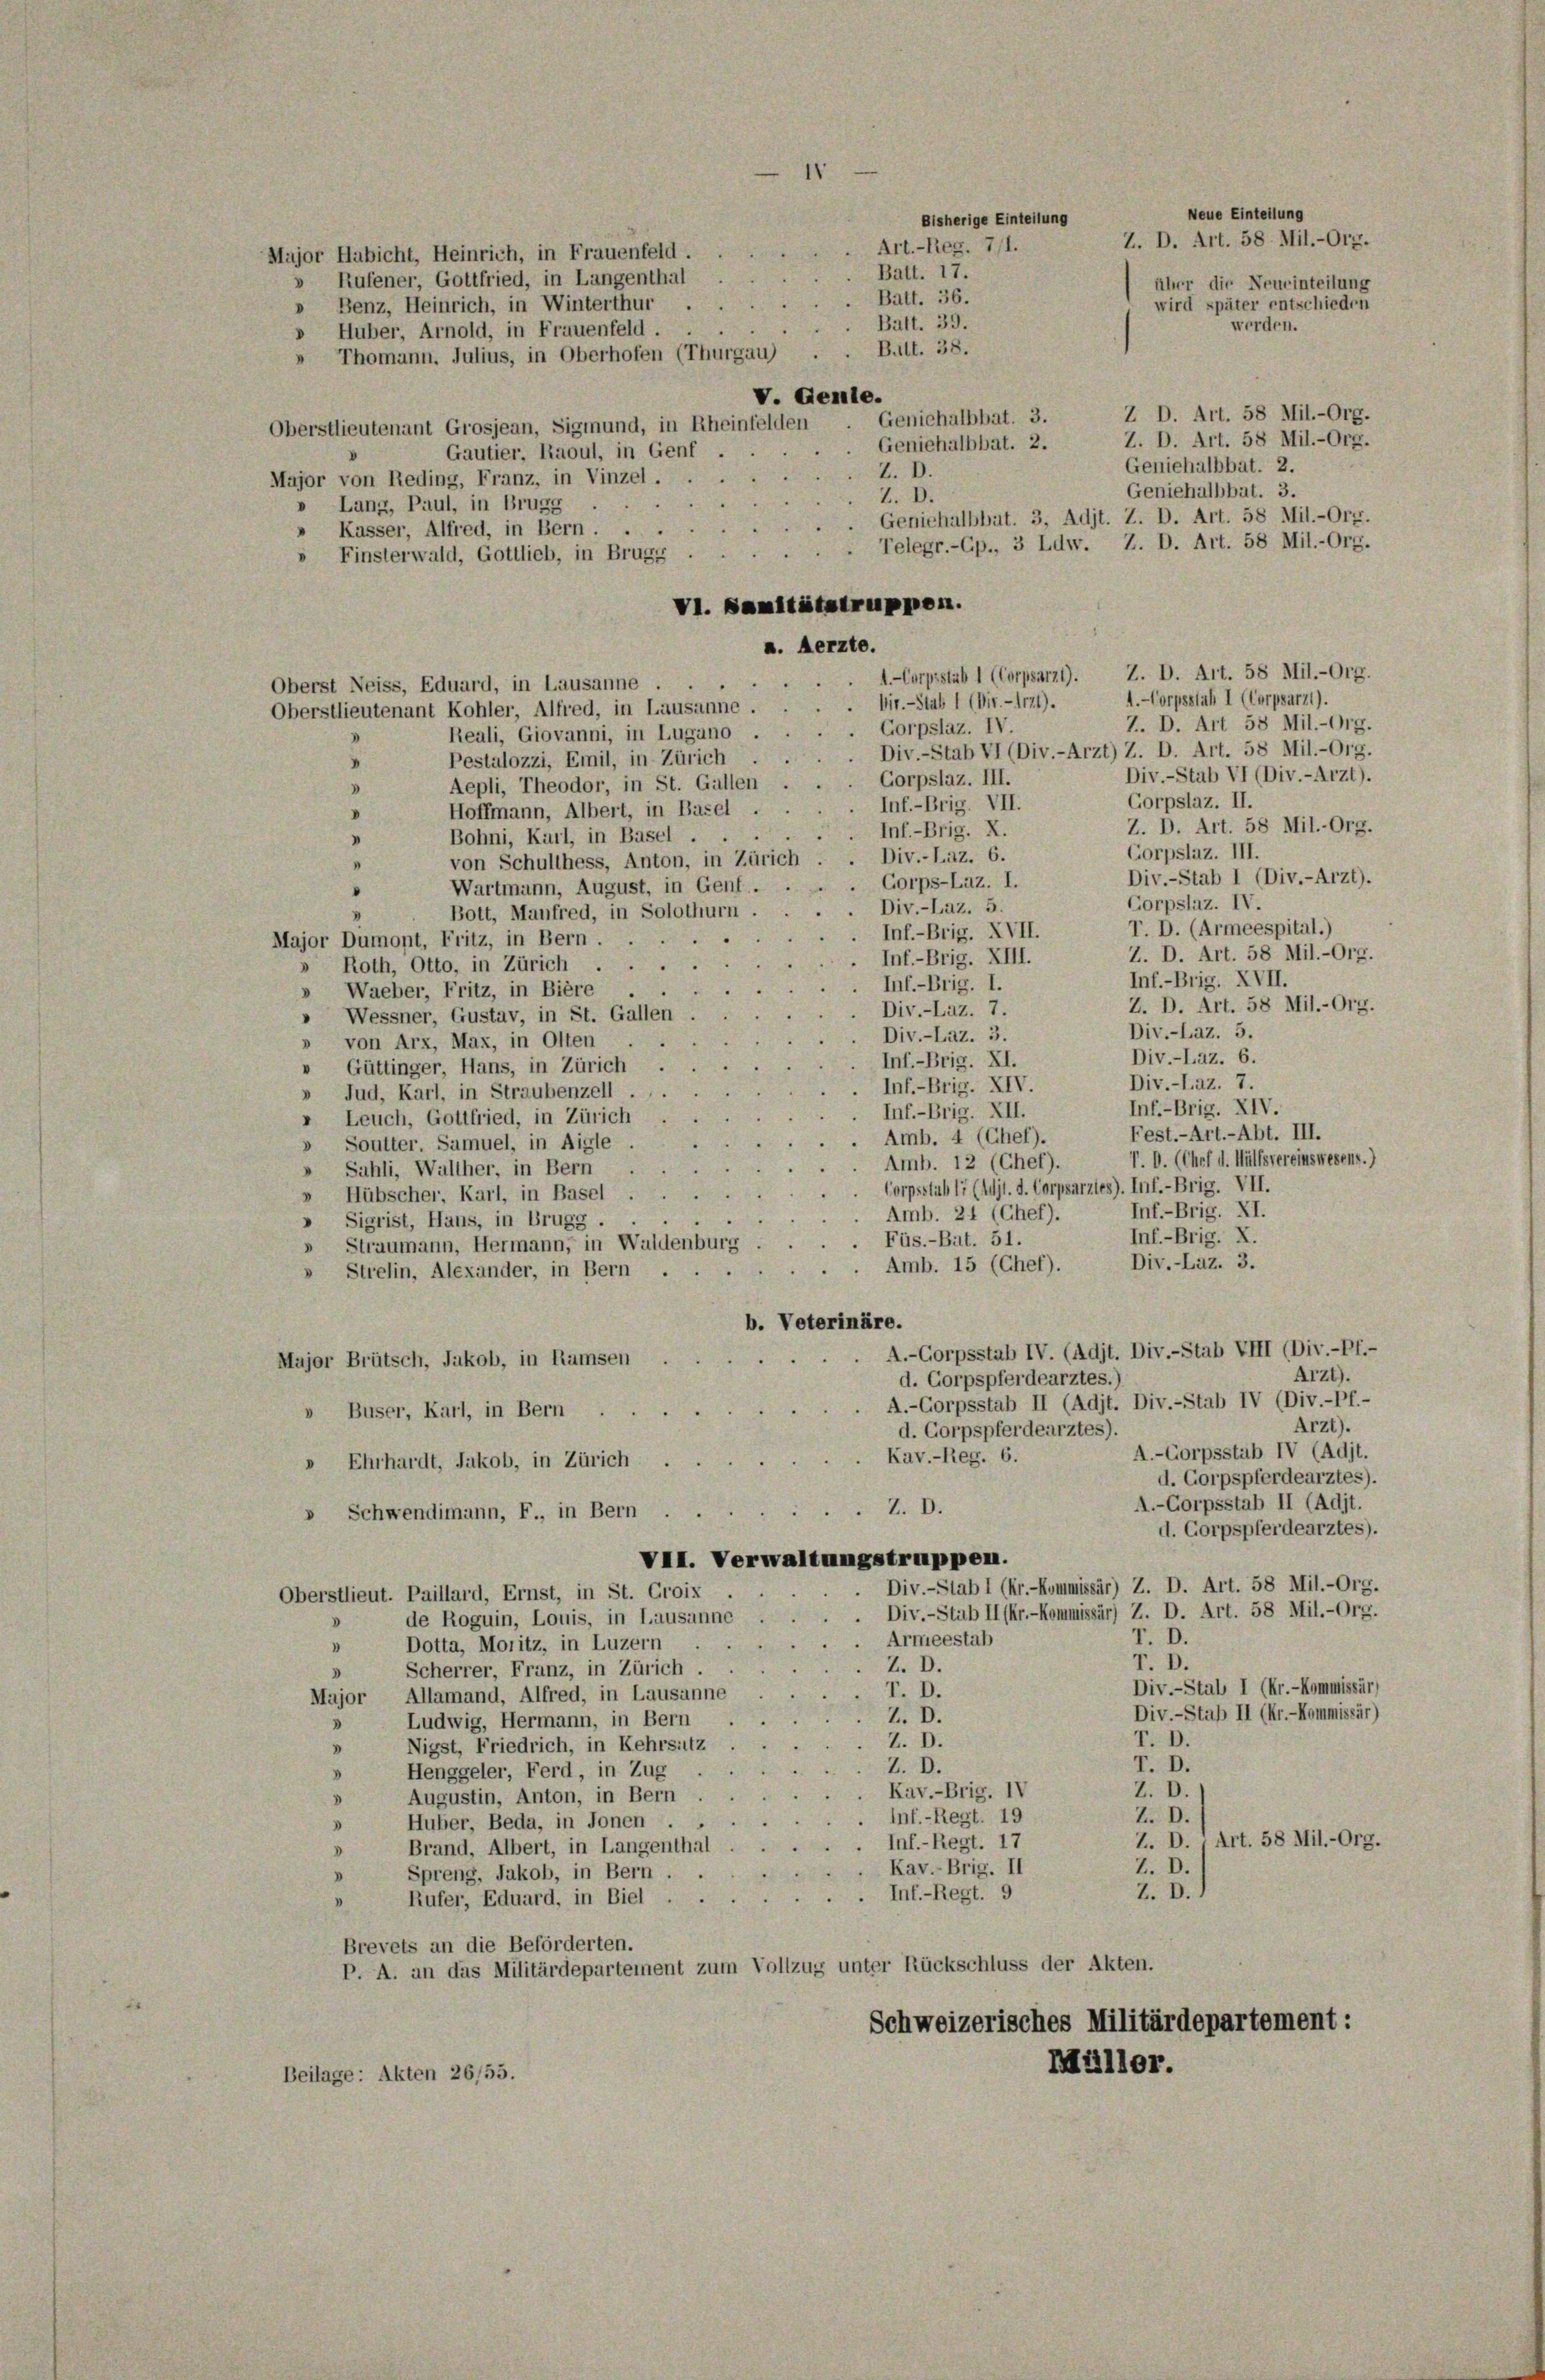
Major Habicht, Heinrich, in Frauenfeld.

» Rufener, Gottfried, in Langenthal
» Benz, Heinrich, in Winterthur .
» Huber, Arnold, in Frauenfeld . .
 Thomann. Julius, in Oberhofen (Thurgau)
Z D. Art. 58 Mil.-Org.
Oberstlieutenant Grosjean, Sigmund, in Rheinfelden
Z. D. Art. 58 Mil.-Org.
Geniehalbbat. 2.
Gautier, Raoul, in Genf .
Geniehalbbat. 2.
Z. D.
Major von Reding, Franz, in Vinzel.
Geniehalbbat. 3.
Z. D.
a
0 Lang, Paul, in Brugg .
Geniehalbbat. 3, Adjt. Z. D. Art. 58 Mil.-Org.
» Kasser, Alfred, in Bern . .
. Telegr.-Gp., 3 Ldw. Z. D. Art. 58 Mil.-Org.
» Finsterwald, Gottlieb, in Brugg
VI. Sanitätstruppen.
a. Aerzte.
A.-Corpsstab I (Corpsarzt).
Vir.-Stab 1 (Dir. - 1171).
7. D. Art 58 Mil.-Org.
Gorpslaz. IV.
Reali, Giovanni, in Lugano .
Div.-Stab VI (Div.-Arzt) Z. D. Art. 58 Mil.-Org.
Pestalozzi, Emil, in Zürich
s
Div.-Stab VI (Div.-Arzt).
Corpslaz. III.
Aepli, Theodor, in St. Gallen
.
Corpslaz. II.
Inf.-Brig. VII.
Hoffmann, Albert, in Basel ..
V
Z. D. Art. 58 Mil.-Org.
Bohni, Karl, in Basel. Inf.-Brig. X.
.
Corpslaz. III.
von Schulthess, Anton, in Zürich . . Div.-Laz. 6.
“
Div.-Stab I (Div.-Arzt).
 Corps-Laz. I.
Wartmann, August, in Genf.
Corpslaz. IV.
Div.-Laz. 5.
Bott, Manfred, in Solothurn
T. D. (Armeespital.)
Inf.-Brig. XVII.
Major Dumont, Fritz, in Bern.
Z. D. Art. 58 Mil.-Org.
Inf.-Brig. XIII.
Roth, Otto, in Zürich
Inf.-Brig. XVII.
Inf.-Brig. I.
Waeber, Fritz, in Biere
Z. D. Art. 58 Mil.-Org.
Div.-Laz. 7.
» Wessner, Gustav, in St. Gallen .
Div.-Laz. 5.
Div.-Laz. 3.
» von Arx, Max, in Olten
Div.-Laz. 6.
Inf.-Brig. XI.
v Güttinger, Hans, in Zürich
Div.-Laz. 7.
Inf.-Brig. XIV.
» Jud, Karl, in Straubenzell
Inf.-Brig. XIV.
Inf.-Brig. XII.
» Leuch, Gottfried, in Zürich
Fest.- Art. - Abt. III.
Amb. 4 (Chef).
» Soutter. Samuel, in Aigle
V. D. (Chef d. Hülfsvereinswesens.)
Amb. 12 (Chef).
 Sahli, Walther, in Bern
Corpsstab 17 (Adjt. d. Corpsarztes). Inf.-Brig. VII.
» Hübscher, Karl, in Basel
Inf.-Brig. XI.
Amb. 24 (Chef).
» Sigrist, Hans, in Brugg ...
Inf.-Brig. X.
Füs.-Bat. 51.
 Straumann, Hermann, in Waldenburg
Div.-Laz. 3.
Amb. 15 (Chef).
» Strelin, Alexander, in Bern
b. Veterinäre.
A.-Corpsstab IV. (Adit. Div.-Stab VIII (Div.-Pf.-
Major Brütsch, Jakob, in Ramsen
Arzt).
d. Corpspferdearztes.)
A.-Corpsstab II (Adit. Div.-Stab IV (Div.-Pf.-
» Buser, Karl, in Bern
Arzt).
d. Corpspferdearztes).
A.-Corpsstab IV (Adjt.
Kav.-Reg. 6.
» Ehrhardt, Jakob, in Zürich .
d. Corpspferdearztes).
A.-Corpsstab II (Adit.
Z. D.
» Schwendimann, F., in Bern
d. Corpspferdearztes).
VII. Verwaltungstruppen.
Div.-Stab 1 (Kr.-Kommissär) Z. D. Art. 58 Mil.-Org.
Oberstlieut. Paillard, Ernst, in St. Groix
Div.-Stab II (hr.-Kommissär) Z. D. Art. 58 Mil.-Org.
de Roguin, Louis, in Lausanne
r. D.
Armeestab
Dotta, Moritz, in Luzern
»
r. D.
Z. D.
Scherrer, Franz, in Zürich
3
Div.-Stal I (Kr.-Kommissär)
T. D.
Allamand, Alfred, in Lausanne
Major
Div.-Stab II (Kr.-Kommissär)
Z. D.
Ludwig, Hermann, in Bern
u
3
T. D.
Z. D.
Nigst, Friedrich, in Kehrsitz
3
T. D.
Z. D.
Henggeler, Ferd, in Zug
.
Z. D.
Kav.-Brig. IV
Augustin, Anton, in Bern
8
Z. D.
Inf.-Regt. 19
Huber, Beda, in Jonen
.
Z. D., Art. 58 Mil.-Org.
Inf.-Regt. 17
Brand, Albert, in Langenthal
d
Z. D.
Kav.-Brig. II
Spreng, Jakob, in Bern.
Z. D.
.Inf.-Regt. 9
Rufer, Eduard, in Biel . .
Brevets an die Beförderten.
P. A. an das Militärdepartement zum Vollzug unter Rückschluss der Akten.
Schweizerisches Militärdepartement:
Müller.
Beilage: Akten 26/55.

Oberst Neiss, Eduard, in Lausanne
Oberstlieutenant Kohler, Alfred, in Lausanne.

1

Bisherige Einteilung
Batt. 39.
Bett. 38.
V. Genie.
Geniehalbbat. 3.

Art. - Reg. 7/1.
Batt. 17.
Batt. 36.

Neue Einteilung
Z. D. Art. 58. Mil.-Org.
über die Neueinteilung
wird später entschieden
werden.

A.-Corpsstab 1 (Corpsarzt). Z. D. Art. 58 Mil.-Org.